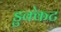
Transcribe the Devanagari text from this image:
डुक्केट